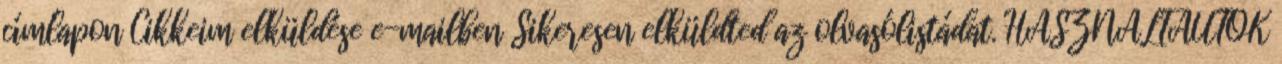
címlapon Cikkeim elküldése e-mailben Sikeresen elküldted az olvasólistádat. HASZNÁLTAUTÓK